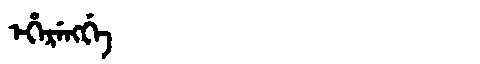
Manchu: ᡝᡥᡝᡵᡝᠩᡤᡝ
Romanization: EHERENGGE